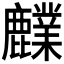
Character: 𪋫